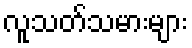
လူသတ်သမားများ